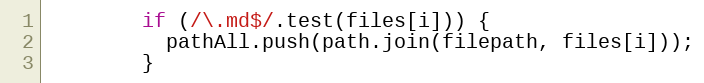
Language: JavaScript
        if (/\.md$/.test(files[i])) {
          pathAll.push(path.join(filepath, files[i]));
        }